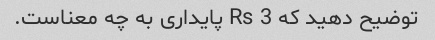
توضیح دهید که 3 Rs پایداری به چه معناست.